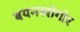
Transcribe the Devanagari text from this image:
बयनखोंगोर